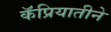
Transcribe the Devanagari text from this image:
कॅप्रियातीने